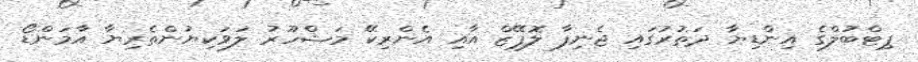
ޕިޓްބުލްގެ އިންޑިޔާ ދަތުރުގައި ޖެނިފާ ލޮޕޭޒް އާއި އެންރިކޭ މަޝްހޫރު ލަވަކިޔުންތެރިޔާ އާމަންޑޯ